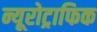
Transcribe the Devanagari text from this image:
न्यूरोट्राफिक